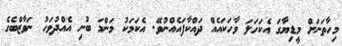
މިހާތަނަށް މީޑިޔާގަ އެކަހަލަ ވާހަކައެއް ދައްކާފައެއްނުވޭ. އެކަމަކު މަންމަ ބުނި އެއްދުވަހު ނަވާޒްބެގެ